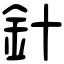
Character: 針